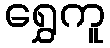
ရွှေကူ